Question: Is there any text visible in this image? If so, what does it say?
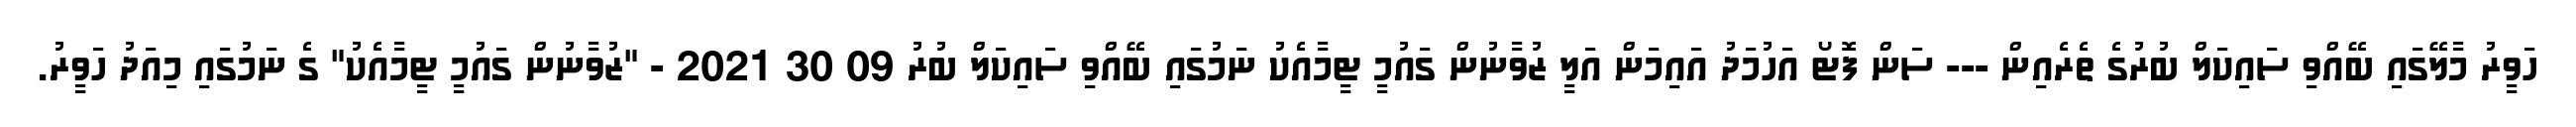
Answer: ހަވީރު މާލޭގައި ބޭއްވި ސައިކަލް ބުރުގެ ތެރެއިން --- ސަން ފޮޓޯ އަހުމަދު އައިމަން އަލީ ޒުވާނުން ގައުމީ ޓީމާއެކު ނަމުގައި ބޭއްވި ސައިކަލް ބުރު 09 30 2021 - "ޒުވާނުން ގައުމީ ޓީމާއެކު" ގެ ނަމުގައި މިއަދު ހަވީރު.